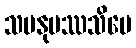
သမနုပဿသိပေ